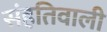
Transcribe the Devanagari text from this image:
संहतिवाली